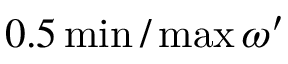
0 . 5 \operatorname* { m i n } / \operatorname* { m a x } \omega ^ { \prime }